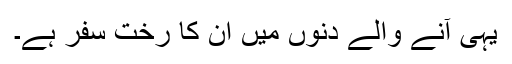
یہی آنے والے دنوں میں ان کا رخت سفر ہے۔